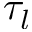
\tau _ { l }